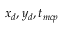
x _ { d } , y _ { d } , t _ { m c p }